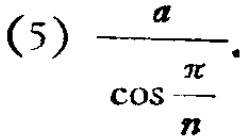
(5) \(\frac{a}{\cos\frac{\pi}{n}}\)